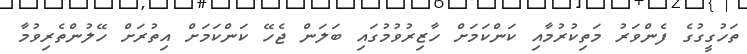
ތަހުގީގުގެ ފެންވަރު މަތިކުރުމާއި ކަންކަމަށް ހާޒިރުވުމުގައި ބަލަން ޖެހޭ ކަންކަމަށް އިތުރަށް ހޭލުންތެރިވުމާ